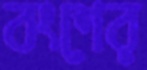
বংশের